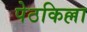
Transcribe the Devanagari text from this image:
पेठकिल्ला